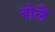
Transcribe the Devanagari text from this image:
बोलैं